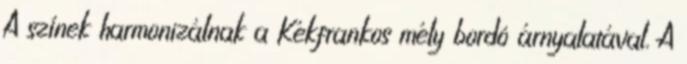
A színek harmonizálnak a Kékfrankos mély bordó árnyalatával. A